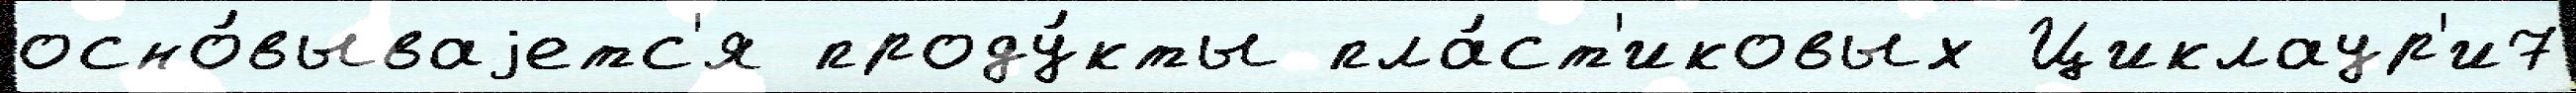
осно́вываjетс'я проду́кты пла́ст'иковых Циклаур'и7